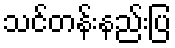
သင်တန်းနည်းပြ